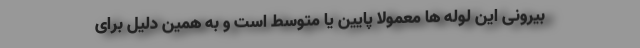
بیرونی این لوله ها معمولا پایین یا متوسط است و به همین دلیل برای